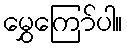
မွှေကြော်ပါ။